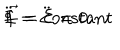
LaTeX: \ddot { \Phi } = \ddot { \Sigma } = 0 ; \hspace { 1 c m } { \vec { f } } = \mathrm { c o n s t a n t }